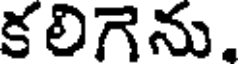
కలిగెను,